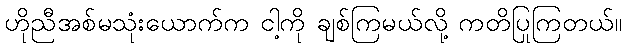
ဟိုညီအစ်မသုံးယောက်က ငါ့ကို ချစ်ကြမယ်လို့ ကတိပြုကြတယ်။